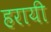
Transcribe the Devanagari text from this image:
हरायी